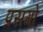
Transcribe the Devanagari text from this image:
प्रसगों